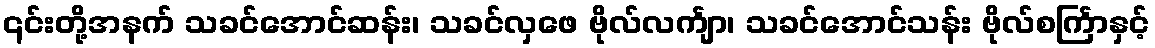
၎င်းတို့အနက် သခင်အောင်ဆန်း၊ သခင်လှဖေ ဗိုလ်လင်္ကျာ၊ သခင်အောင်သန်း ဗိုလ်စင်္ကြာနှင့်